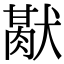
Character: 𤡜